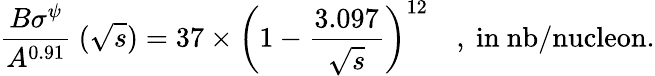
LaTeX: {\frac{B\sigma^{\psi}}{A^{0.91}}}~(\sqrt{s})=37\times{\bigg(1-{\frac{3.097}{\sqrt{s}}}\bigg)}^{12}\quad\mathrm{,~in~nb/nucleon.}